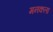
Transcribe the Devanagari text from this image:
मनकला